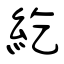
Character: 紇